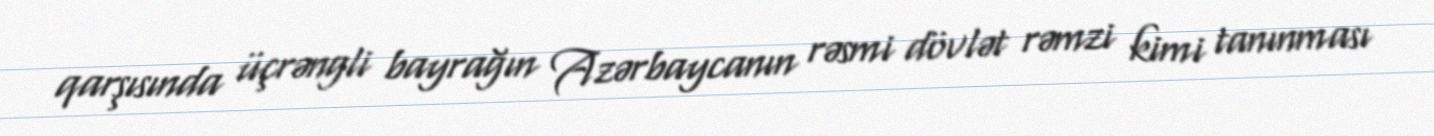
qarşısında üçrəngli bayrağın Azərbaycanın rəsmi dövlət rəmzi kimi tanınması